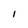
Character: 1